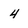
Character: 4